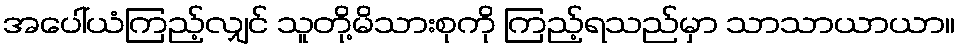
အပေါ်ယံကြည့်လျှင် သူတို့မိသားစုကို ကြည့်ရသည်မှာ သာသာယာယာ။